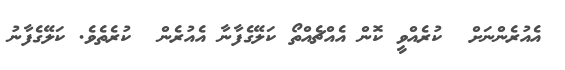
އެއުރެންނަށް  ކުރެއްވީ ކޮން އެއްޗެއްތޯ ކަލޭގެފާނާ އެއުރެން  ކުރެތެވެ. ކަލޭގެފާނު